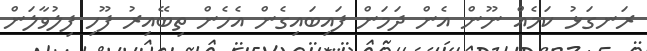
ރަނގަޅު ކަމެއް ނޫން އެން ދަމަން ފައިބައިގެން އެހެން ތިބޭއިރު ފޫހި ފިލުވާލަން